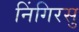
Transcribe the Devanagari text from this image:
निंगिरसु